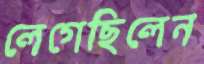
লেগেছিলেন